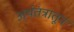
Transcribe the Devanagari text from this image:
अर्थतंत्रातून